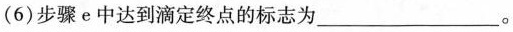
(6)步骤e中达到滴定终点的标志为___。